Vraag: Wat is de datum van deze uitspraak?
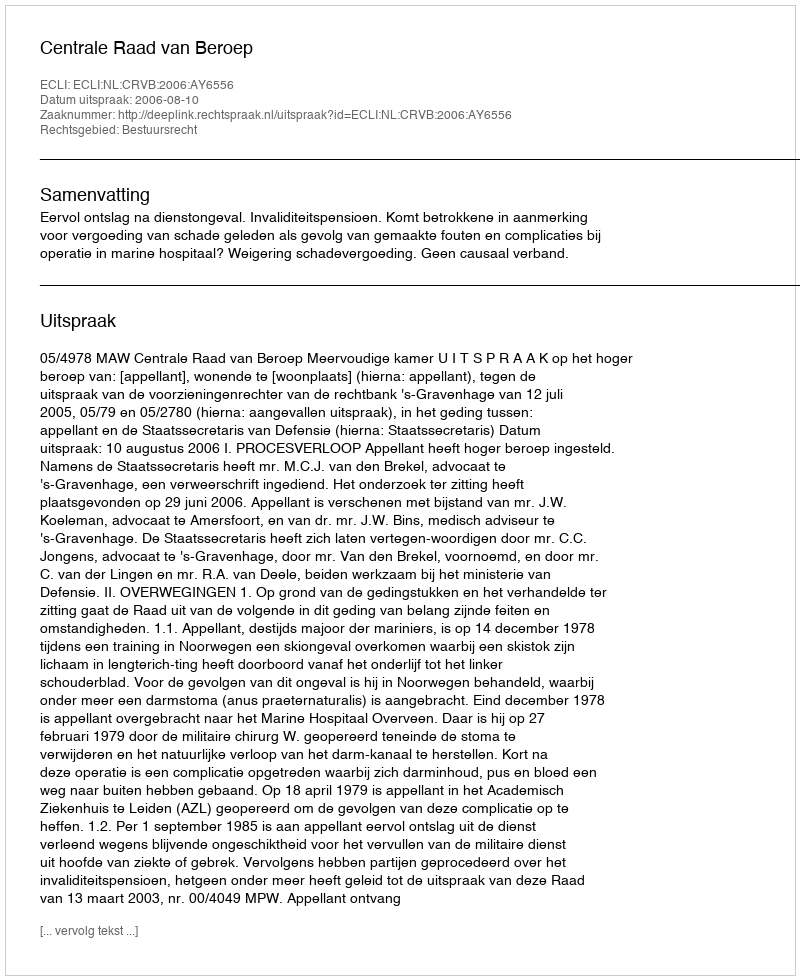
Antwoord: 2006-08-10